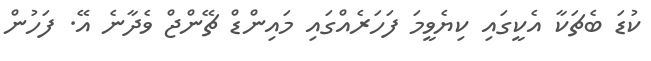
ކުޑަ ބެޗަކާ އެކީގައި ކިޔެވީމަ ފަހަރެއްގައި މައިންޑް ޗޭންޖް ވެދާނެ އޭ. ފަހުން